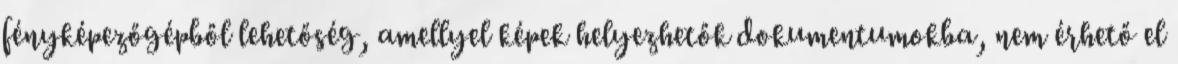
fényképezőgépből lehetőség, amellyel képek helyezhetők dokumentumokba, nem érhető el